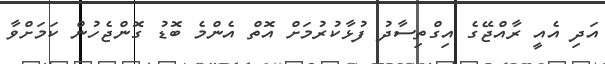
އަދި އެއީ ރާއްޖޭގެ އިގްތިސާދު ފުޅާކުރުމަށް އޮތް އެންމެ ބޮޑު ގޮންޖެހުން ކަމަށްވާ